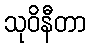
သုဝိနီတာ